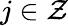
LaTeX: j\in\mathcal{Z}